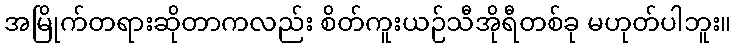
အမြိုက်တရားဆိုတာကလည်း စိတ်ကူးယဉ်သီအိုရီတစ်ခု မဟုတ်ပါဘူး။